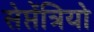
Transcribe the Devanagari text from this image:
सेप्तेंत्रियो